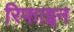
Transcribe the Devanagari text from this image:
रिफाइन